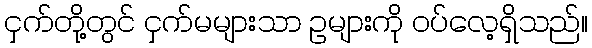
ငှက်တို့တွင် ငှက်မများသာ ဥများကို ဝပ်လေ့ရှိသည်။